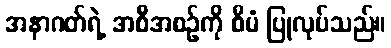
အနာဂတ်ရဲ့ အစီအစဉ်ကို စီမံ ပြုလုပ်သည်။